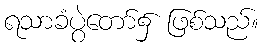
ရသာခံပွဲတော်၌ ဖြစ်သည်။